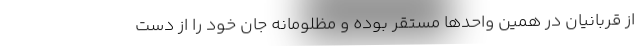
از قربانیان در همین واحدها مستقر بوده و مظلومانه جان خود را از دست